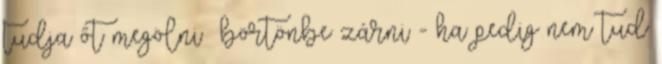
tudja őt megölni börtönbe zárni - ha pedig nem tud